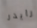
رايدر